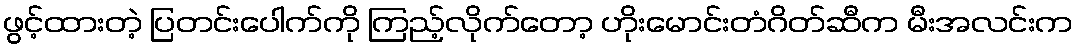
ဖွင့်ထားတဲ့ ပြတင်းပေါက်ကို ကြည့်လိုက်တော့ ဟိုးမောင်းတံဂိတ်ဆီက မီးအလင်းက